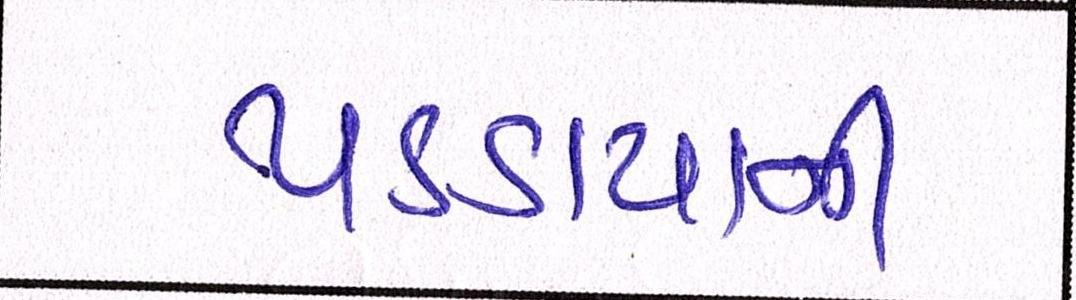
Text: પકડાયાની